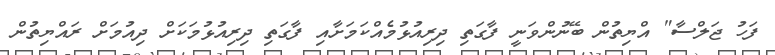
ފަހު ޖަލްސާ" އްޔިތުން ބޭނުންވަނީ ފާގަތި ދިރިއުޅުމެއްކަމަށާއި ފާގަތި ދިރިއުޅުމަކަށް ދިއުމަށް ރައްޔިތުން